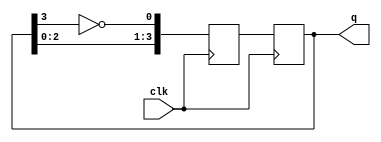
module johnson_counter (
    input clk,
    output reg [3:0] q
);

reg [3:0] next_q;

always @(posedge clk) begin
    next_q[0] <= ~q[3];
    next_q[1] <= q[0];
    next_q[2] <= q[1];
    next_q[3] <= q[2];
    
    q <= next_q;
end

endmodule